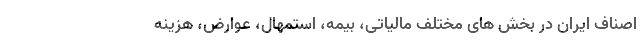
اصناف ایران در بخش های مختلف مالیاتی، بیمه، استمهال، عوارض، هزینه